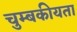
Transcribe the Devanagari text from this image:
चुम्बकीयता